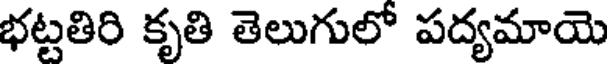
భట్టతిరి కృతి తెలుగులో పద్యమాయె